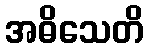
အဓိသေတိ